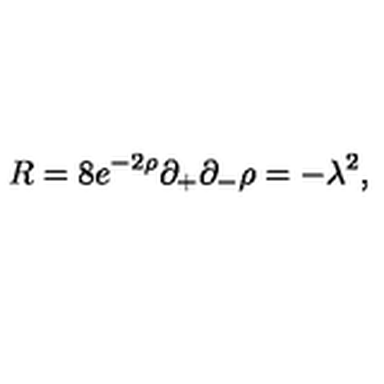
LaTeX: R = 8 e ^ { - 2 \rho } \partial _ { + } \partial _ { - } \rho = - \lambda ^ { 2 } ,